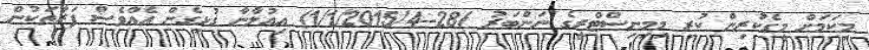
މިކަމަށް މީގެކުރިން ކުރި މިމިނިސްޓްރީގެ ނަންބަރު )28--1/1/2015/4) އިޢުލާނާ ގުޅިގެން އެއްވެސް ފަރާތަކުން